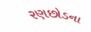
રણછોડના